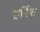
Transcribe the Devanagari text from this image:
हर्रिस